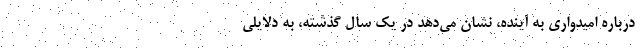
درباره امیدواری به آینده، نشان می‌دهد در یک سال گذشته، به دلایلی